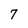
Character: 7